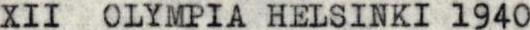
XII  OLYMPIA HELSINKI 194O